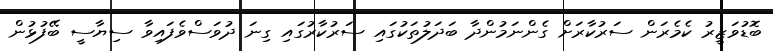
ބޮޑުވަޒީރު ކެމެރަން ސަރުކާރަށް ގެންނަމުންދާ ބަދަލުތަކުގައި ސަރުކާރުގައި ގިނަ ދުވަސްވެފައިވާ ސިޔާސީ ބޭފުޅުން